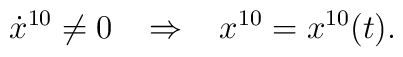
\dot{x}^{10} \neq 0 \; \; \; \Rightarrow \; \; \; x^{10}=x^{10}(t).